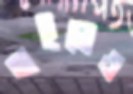
খাইলেও